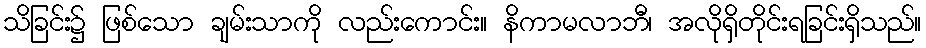
သိခြင်း၌ ဖြစ်သော ချမ်းသာကို လည်းကောင်း။ နိကာမလာဘီ၊ အလိုရှိတိုင်းရခြင်းရှိသည်။